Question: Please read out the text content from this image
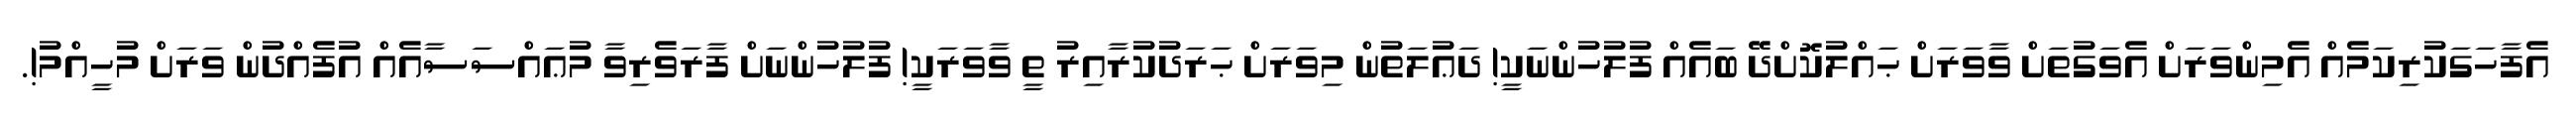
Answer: އެފާހަގަކުރިކަމެއް އެމިންވަރަށް އެވަގުތަށް ވާވަރަށް ޙައްލުކޮށްދޭ ބައެއް ފުލުހުންނަކީ! ދަޢުލަތުން މިވަރަށް ޙަރަދުކުރާއިރު ތީ ވާވަރަކީ! ފުލުހުންނަށް ފާރަވެރިވާ މުޢައްސަސާއެއް އުފެއްދުން ވަރަށް މުހީއްމު!.